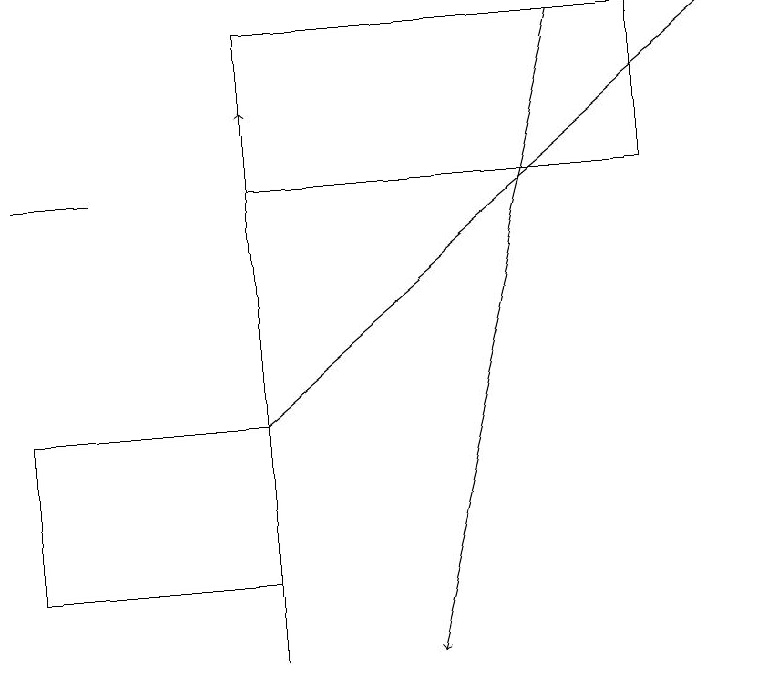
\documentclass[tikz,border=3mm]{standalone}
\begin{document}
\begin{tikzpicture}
\draw[->] (3,10) -- (3,17);
\draw (8,16) rectangle (3,18);
\draw (0,13) rectangle (3,11);
\draw[->] (7,18) -- (5,10);
\draw (0,16) rectangle (1,16);
\draw[->] (3,13) -- (9,18);
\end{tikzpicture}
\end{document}